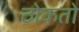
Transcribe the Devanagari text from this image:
ठोकतो